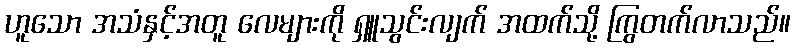
ဟူသော အသံနှင့်အတူ လေများကို ရှူသွင်းလျက် အထက်သို့ ကြွတက်လာသည်။